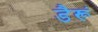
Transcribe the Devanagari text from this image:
डैरूं